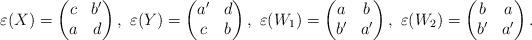
LaTeX: \begin{align*} \varepsilon(X)= \begin{pmatrix} c&b' \\ a&d \end{pmatrix},\ \varepsilon(Y)= \begin{pmatrix} a'&d \\ c &b \end{pmatrix},\ \varepsilon(W_1)= \begin{pmatrix} a &b\\ b'&a' \end{pmatrix},\ \varepsilon(W_2)= \begin{pmatrix} b &a\\ b'&a' \end{pmatrix}. \end{align*}